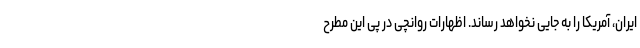
ایران، آمریکا را به جایی نخواهد رساند. اظهارات روانچی در پی این مطرح